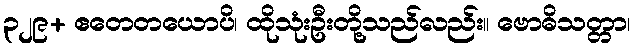
၃၂၉+ ဧတေတယောပိ၊ ထိုသုံးဦးတို့သည်လည်း။ ဗောဓိသတ္တာ၊